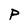
Character: P